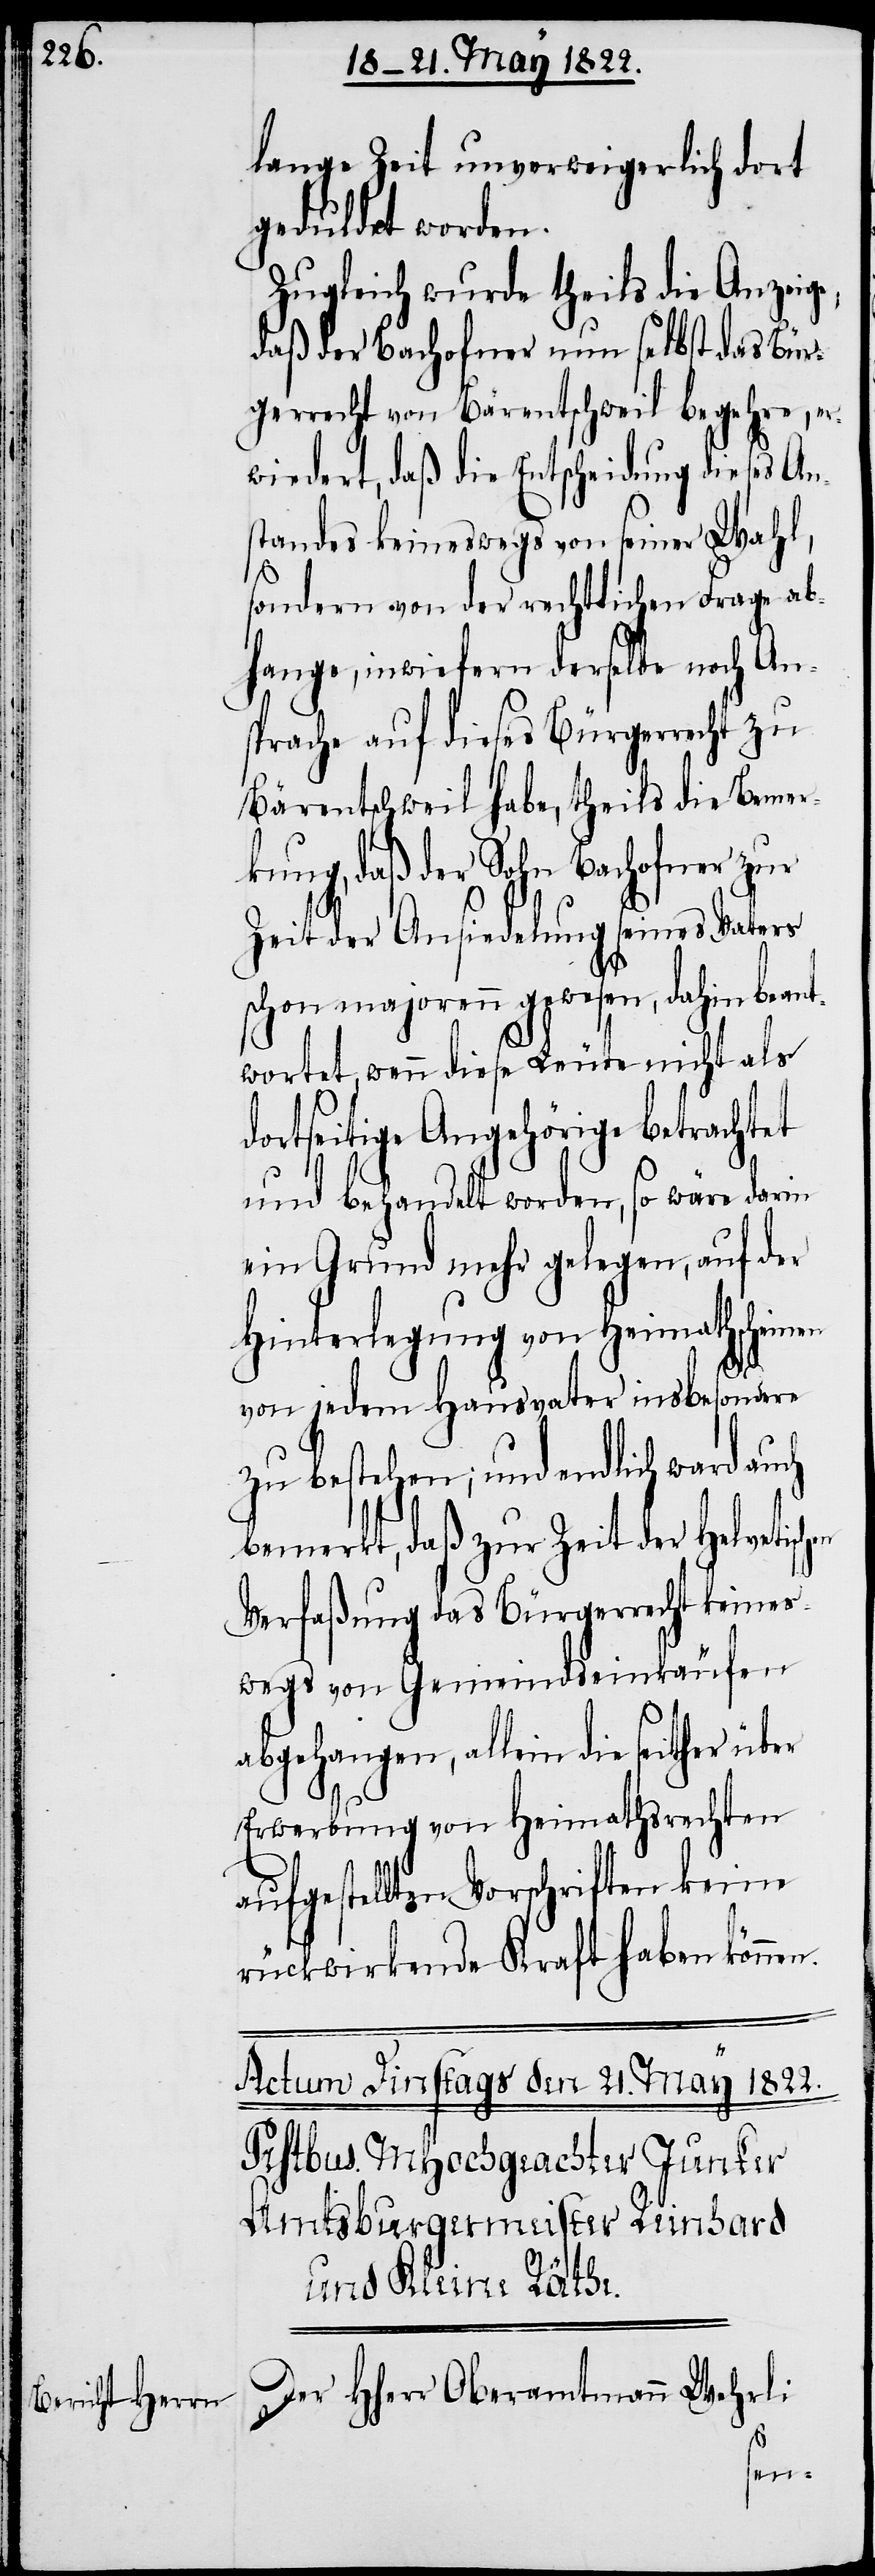
lange Zeit unverweigerlich dort
geduldet worden.
Zugleich wurde theils die Anzeige,
daß der Bachofner nun selbst das Bür¬
gerrecht von Bärentschweil begehre, er¬
wiedert, daß die Entscheidung dieses An¬
standes keineswegs von seiner Wahl,
sondern von der rechtlichen Frage ab¬
hange, inwiefern derselbe noch An¬
sprache auf dieses Bürgerrecht zu
Bärentschweil habe, theils die Bemer¬
kung, daß der Sohn Bachofner zur
Zeit der Ansiedelung seines Vaters
schon majorenn gewesen, dahin beant¬
wortet, wenn dieses Leute nicht als
dortseitige Angehörige betrachtet
und behandelt worden, so wäre darin
ein Grund mehr gelegen, auf der
Hinterlegung von Heimathscheinen
von jedem Hausvater insbesondere
zu bestehen, und endlich ward auch
bemerkt, daß zur Zeit der helvetisc¬
Verfaßung das Bürgerrecht keines¬
wegs von Gemeindseinkäufen
abgehangen, allein die seither
Erwerbungen von Heimathsrechten
aufgestellten Vorschriften keine
rückwirkende Kraft haben könne¬
Der HHerr Oberamtmann Wehrli
n.
hen